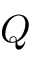
Q